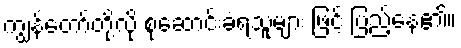
ကျွန်တော်တို့လို စုဆောင်းခံရသူများ ဖြင့် ပြည့်နေ၏။